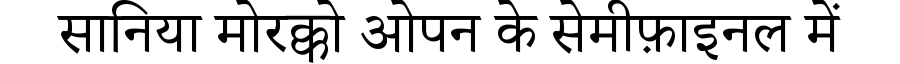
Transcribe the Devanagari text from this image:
सानिया मोरक्को ओपन के सेमीफ़ाइनल में